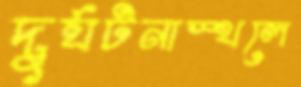
দুর্ঘটনাস্থলে